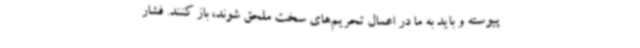
پیوسته و باید به ما در اعمال تحریم‌های سخت ملحق شوند، باز کنند. فشار